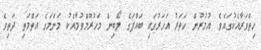
ހިތްވަރާއެކުގައެވެ. އުމުރުން ހަތަރު އަހަރުގައި ބައްޕަގެ ލޯބިން މަހުރޫމްވުމާއެކު މަންމަގެ އަތްމަތި ދަތިވެ